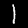
Label: 1